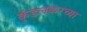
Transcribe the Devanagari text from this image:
कुंडलकरच्या